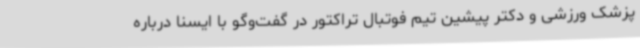
پزشک ورزشی و دکتر پیشین تیم فوتبال تراکتور در گفت‌وگو با ایسنا درباره